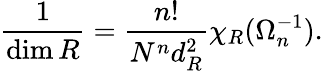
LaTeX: {\frac{1}{\dim R}}={\frac{n!}{N^{n}d_{R}^{2}}}\chi_{R}(\Omega_{n}^{-1}).